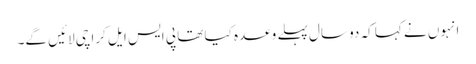
انہوں نے کہا کہ دو سال پہلے وعدہ کیا تھا پی ایس ایل کراچی لائیں گے۔